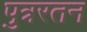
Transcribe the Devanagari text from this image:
पुत्ररतन